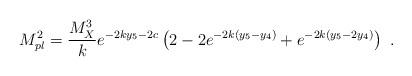
LaTeX: \begin{align*}M_{pl}^2 = {{M_X^3}\over k} e^{-2 k y_5 -2c }\left(2- 2e^{-2 k (y_5 -y_4) } + e^{-2 k ( y_5 -2 y_4)} \right)~.~\,\end{align*}